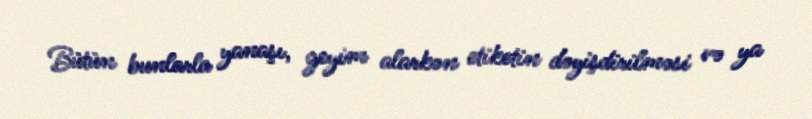
Bütün bunlarla yanaşı, geyim alarkən etiketin dəyişdirilməsi və ya